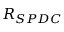
R _ { S P D C }